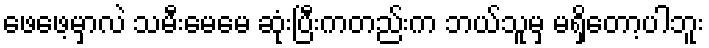
ဖေဖေ့မှာလဲ သမီးမေမေ ဆုံးပြီးကတည်းက ဘယ်သူမှ မရှိတော့ပါဘူး